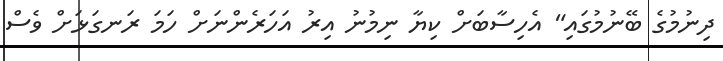
ދިނުމުގެ ބޭނުމުގައި" އެހިސާބަށް ކިޔާ ނިމުނު އިރު އަހަރެންނަށް ހަމަ ރަނގަޅަށް ވެސް